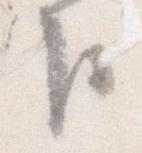
臣